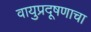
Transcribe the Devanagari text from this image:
वायुप्रदूषणाचा